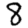
Digit: 8